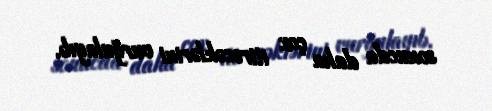
sonucda daha çox itirəcəklərini vurğulayıb.